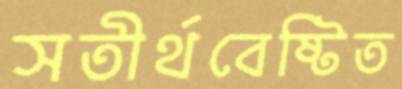
সতীর্থবেষ্টিত